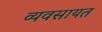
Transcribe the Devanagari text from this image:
व्यवसायत